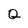
Character: Q